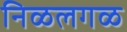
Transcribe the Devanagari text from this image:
निळलगळ